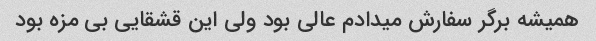
همیشه برگر سفارش میدادم عالی بود ولی این قشقایی بی مزه بود